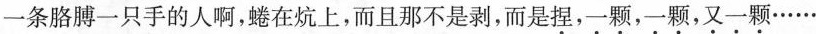
一条胳膊一只手的人啊,蜷在炕上,而且那不是剥，而是捏,一颗，一颗,又一颗……